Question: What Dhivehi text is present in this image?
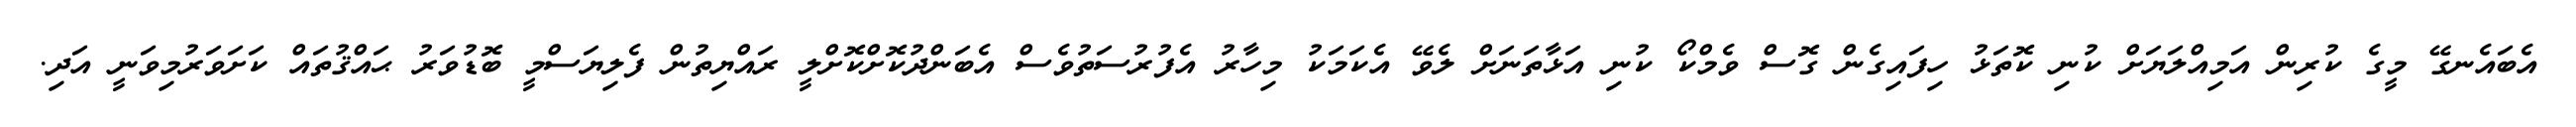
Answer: އެބައެނގޭ މީގެ ކުރިން އަމިއްލަޔަށް ކުނި ކޮތަޅު ހިފައިގެން ގޮސް ވެމްކޯ ކުނި އަޅާތަނަށް ލެވޭ އެކަމަކު މިހާރު އެފުރުސަތުވެސް އެބަންދުކޮށްކޮށްލީ ރައްޔިތުން ފެލިޔަސްމީ ބޮޑުވަރު ޙައްޤުތައް ކަށަވަރުމިވަނީ އަދި.